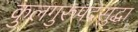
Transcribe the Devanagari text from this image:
कुलगुरुपदसुद्धा